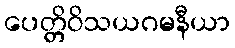
ပေတ္တိဝိသယဂမနီယာ